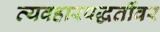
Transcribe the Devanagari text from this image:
व्यवहारपद्धतींवर